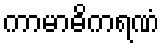
ကာမာဓိကရဏံ